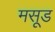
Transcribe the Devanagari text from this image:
मसूड